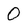
Character: 0